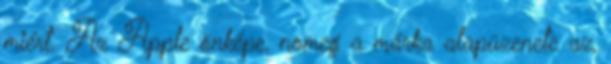
miért. Az Apple önképe, nomeg a márka alapüzenete az,